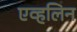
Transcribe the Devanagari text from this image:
एव्हलिन